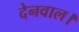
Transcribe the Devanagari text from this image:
देनवाल।